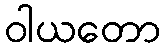
ဝါယတော